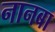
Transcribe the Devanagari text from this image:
नानबा